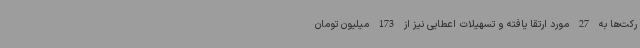
رکت‌ها به 27 مورد ارتقا یافته و تسهیلات اعطایی نیز از 173 میلیون تومان